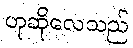
ဟုဆိုလေသည်